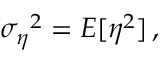
{ \sigma _ { \eta } } ^ { 2 } = E [ \eta ^ { 2 } ] \, ,